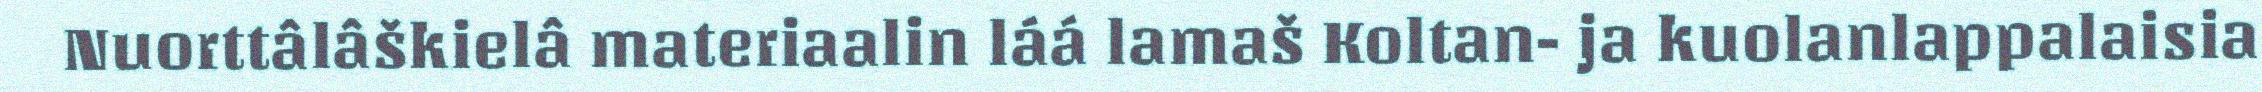
Nuorttâlâškielâ materiaalin láá lamaš Koltan- ja kuolanlappalaisia